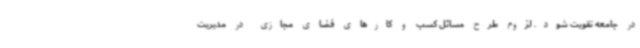
در جامعه تقویت شود. لزوم طرح مسائل کسب و کارهای فضای مجازی در مدیریت